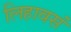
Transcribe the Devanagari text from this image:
लिहावसं